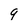
Character: 9